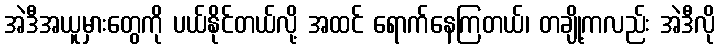
အဲဒီအယူမှားတွေကို ပယ်နိုင်တယ်လို့ အထင် ရောက်နေကြတယ်၊ တချို့ကလည်း အဲဒီလို